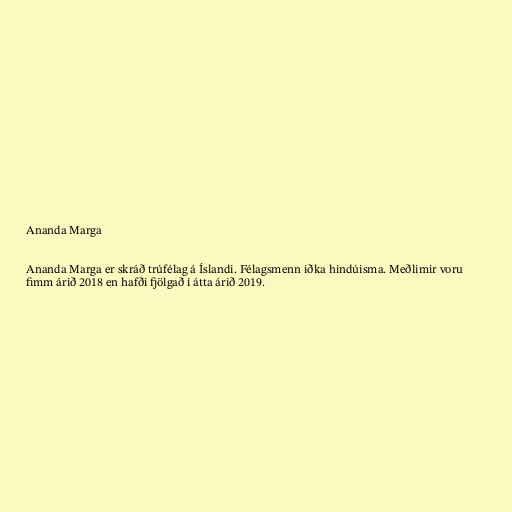
Ananda Marga

Ananda Marga er skráð trúfélag á Íslandi. Félagsmenn iðka hindúisma. Meðlimir voru
fimm árið 2018 en hafði fjölgað í átta árið 2019.